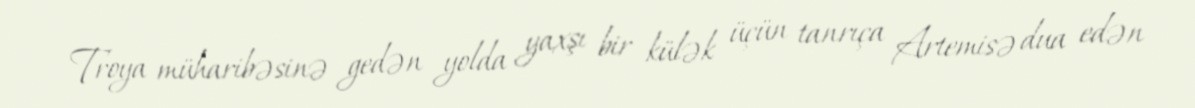
Troya müharibəsinə gedən yolda yaxşı bir külək üçün tanrıça Artemisə dua edən